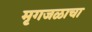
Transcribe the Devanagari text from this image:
मृगजळाचा